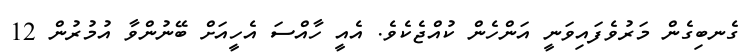
ގެނބިގެން މަރުވެފައިވަނީ އަންހެން ކުއްޖެކެވެ. އެއީ ހާއްސަ އެހީއަށް ބޭނުންވާ އުމުރުން 12